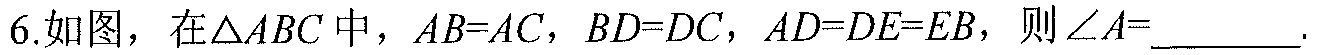
6.如图，在$\triangle ABC$中，$AB = AC$，$BD = DC$，$AD = DE = EB$，则$\angle A=$________.